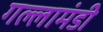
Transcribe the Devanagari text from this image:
गल्लामंडी